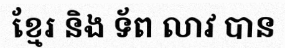
ខ្មែរ និង ទ័ព លាវ បាន